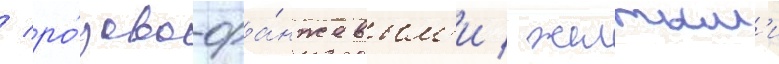
/ ро́зово-ора́нжевым'и / желтым'и